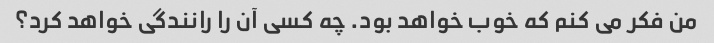
من فکر می کنم که خوب خواهد بود. چه کسی آن را رانندگی خواهد کرد؟